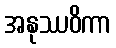
အနုဿဝိကာ